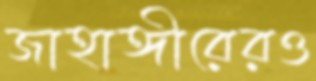
জাহাঙ্গীরেরও